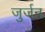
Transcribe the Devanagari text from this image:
जुर्जन